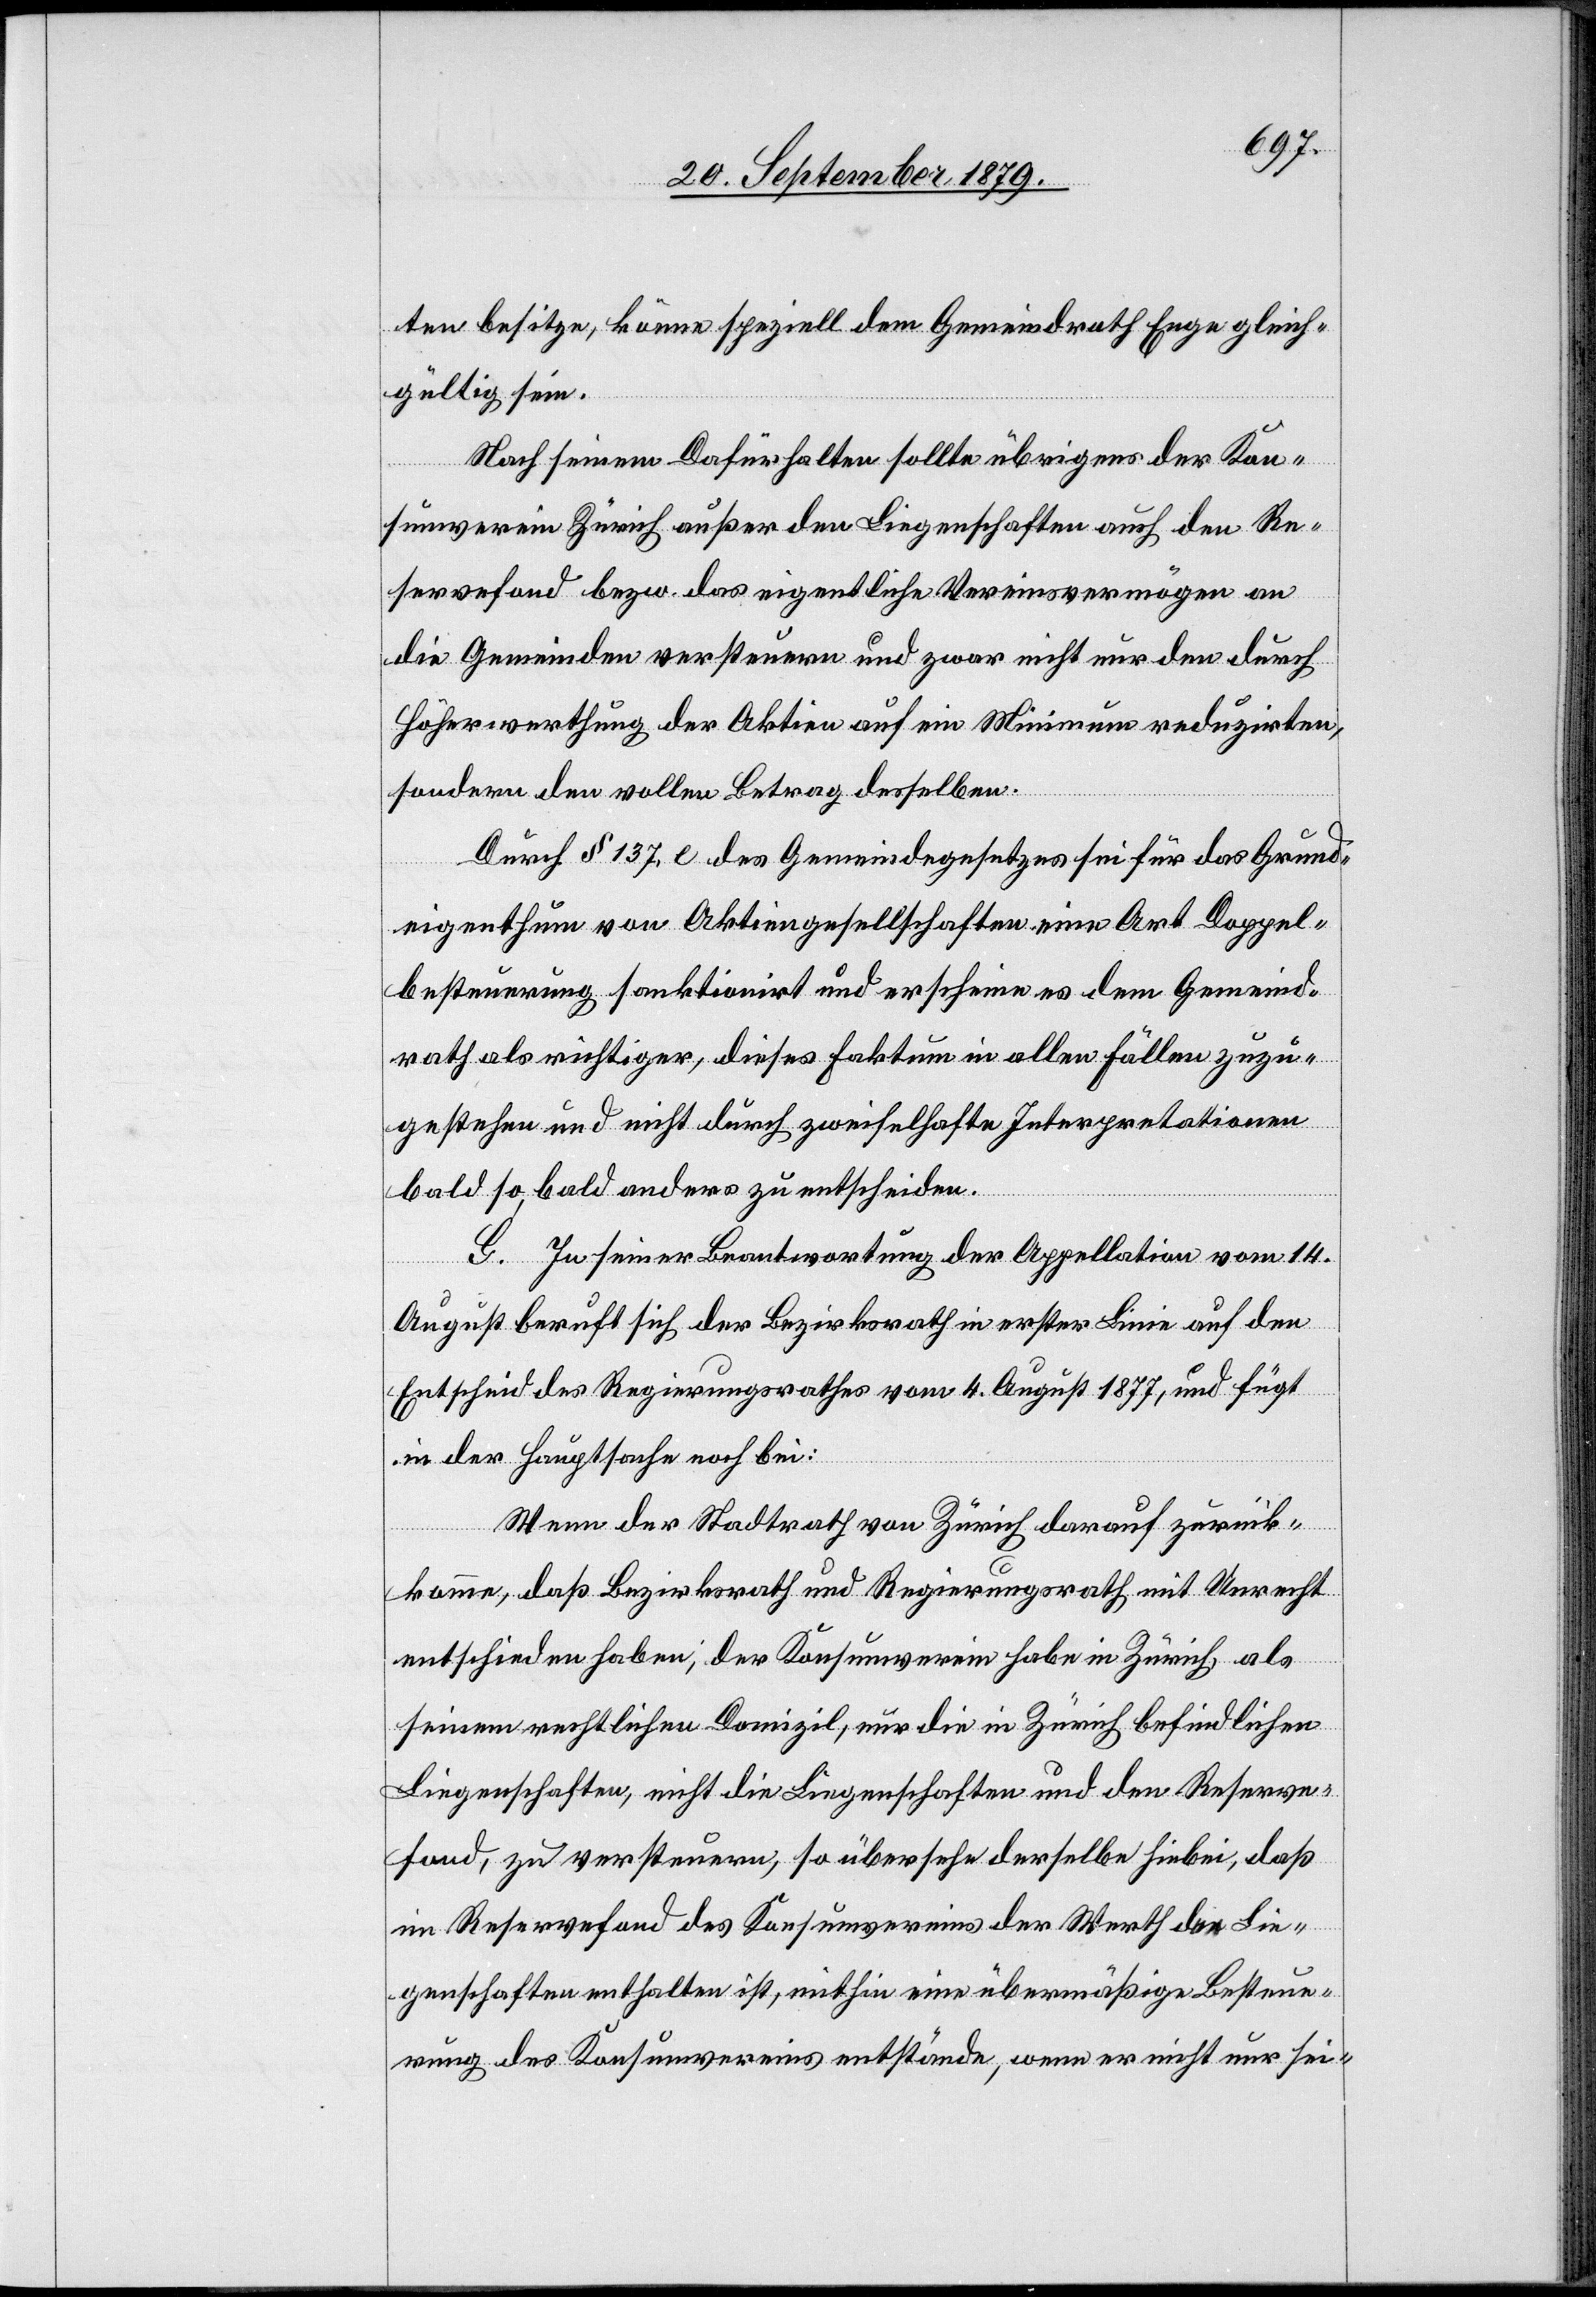
ten besitze, könne speziell dem Gemeindrath Enge gleich¬
gültig sein.
Nach seinem Dafürhalten sollte übrigens der Kon¬
sumverein Zürich außer den Liegenschaften auch den Re¬
servefond bezw. das eigentliche Vereinsvermögen an
die Gemeinden versteuern und zwar nicht nur den durch
Höherwerthung der Aktien auf ein Minimum reduzirten,
sondern den vollen Betrag desselben.
Durch § 137, e des Gemeindegesetzes sei für das Grund¬
eigenthum von Aktiengesellschaften eine Art Doppel¬
besteuerung sanktionirt und erscheine es dem Gemeind¬
rath als richtiger, dieses Faktum in allen Fällen zuzu¬
gestehen und nicht durch zweifelhafte Interpretationen
bald so, bald anders zu entscheiden.
G. In seiner Beantwortung der Appellation vom 14.
August beruft sich der Bezirksrath in erster Linie auf den
Entscheid des Regierungsrathes vom 4. August 1877, und fügt
in der Hauptsache noch bei:
Wenn der Stadtrath von Zürich darauf zurück¬
komme, daß Bezirksrath und Regierungsrath mit Unrecht
entschieden haben, der Konsumverein habe in Zürich, als
seinem rechtlichen Domizil, nur die in Zürich befindlichen
Liegenschaften, nicht die Liegenschaften und den Reserve¬
fond, zu versteuern, so übersehe derselbe hiebei, daß
im Reservefond des Konsumvereins der Werth der Lie¬
genschaften enthalten ist, mithin eine übermäßige Besteue¬
rung des Konsumvereins entstände, wenn er nicht nur sei-